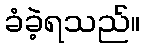
ခံခဲ့ရသည်။